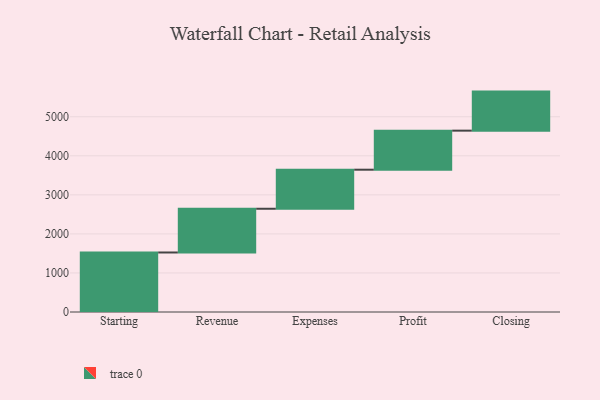
{"axis": {"x": "Step", "y": "Value"}, "legend": [""], "data": [{"x": "Starting", "y": 1524.0, "type": ""}, {"x": "Revenue", "y": 1120.0, "type": ""}, {"x": "Expenses", "y": 1000, "type": ""}, {"x": "Profit", "y": 1000, "type": ""}, {"x": "Closing", "y": 1000, "type": ""}]}